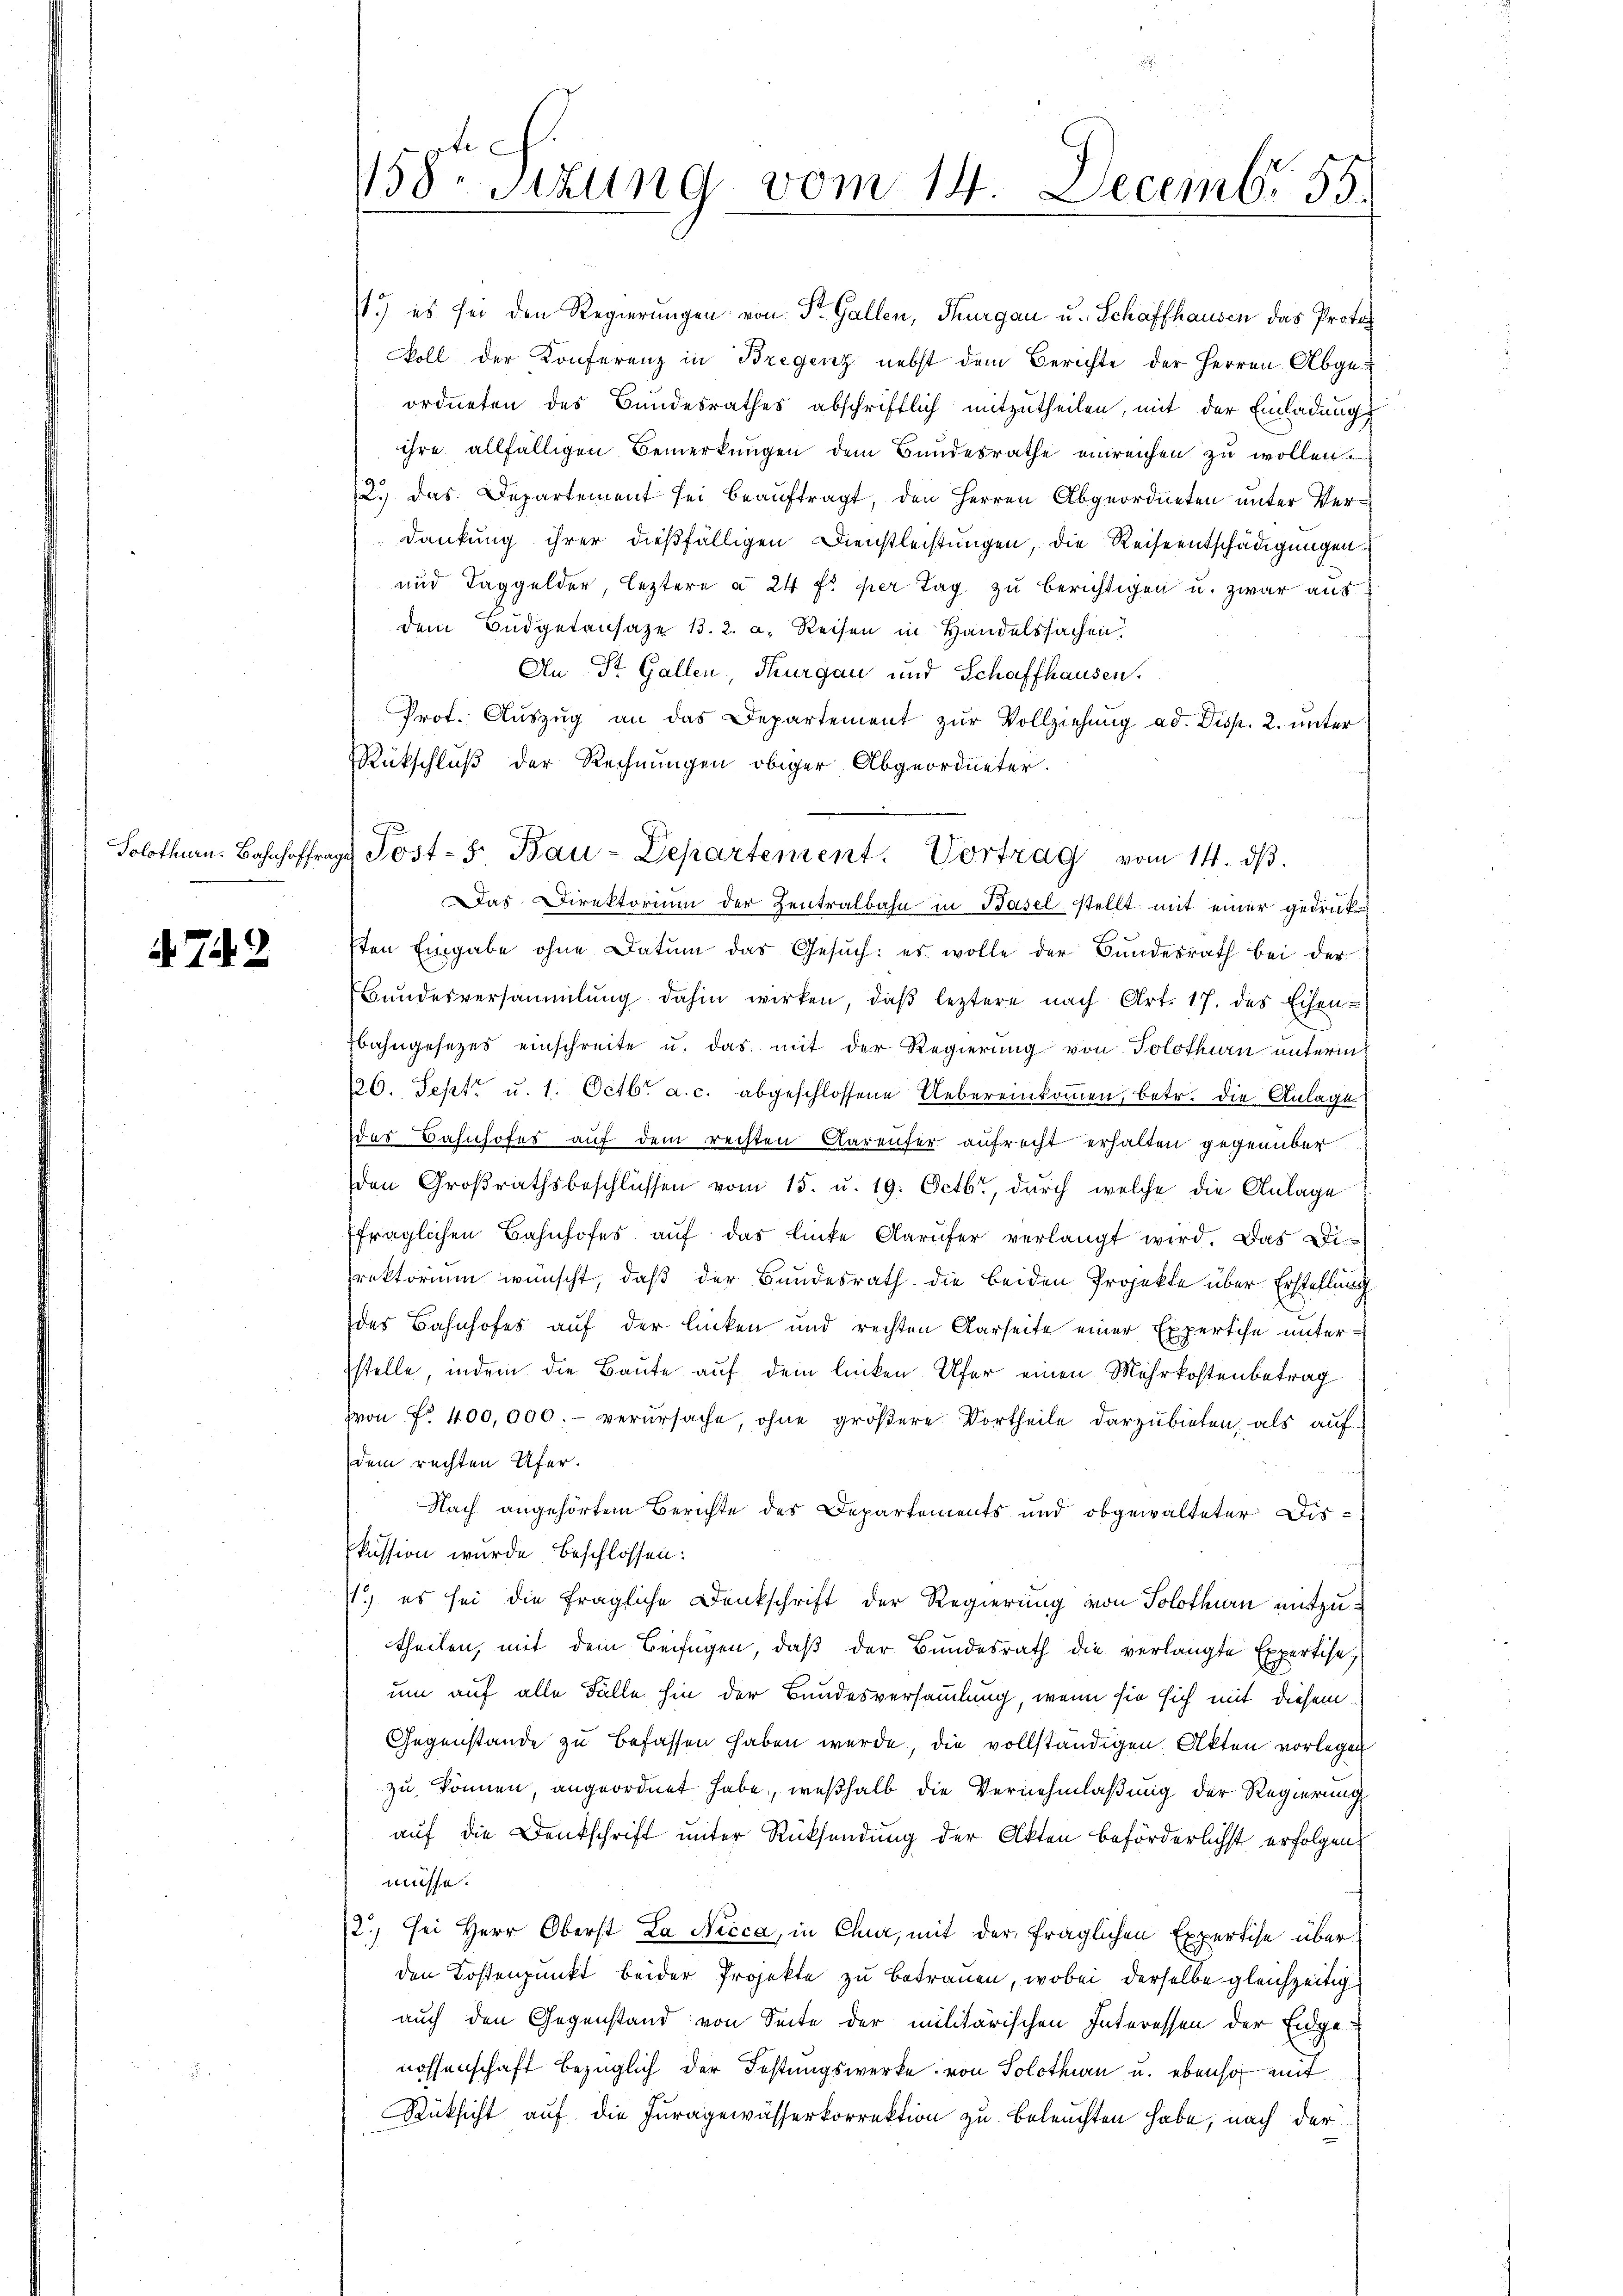
Solothurn. Bahnhoffra

. 73

158. Sitzung vom 14. Decembr. 55
.
.

11.) es sei den Regierungen von St. Gallen, Thurgau u. Schaffhausen das Protoc
koll der Konferenz in Bregenz nebst dem Berichte der Herren Abgeordneten des Bundesrathes abschriftlich mitzutheilen, mit der Einladung
ihre allfälligen Bemerkungen dem Bundesrathe einreichen zu wollen.
12. das Departement sei beaŭftragt, den Herren Abgeordneten unter Verdankung ihrer dießfälligen Dienstleistungen, die Reiseentschädigungen
und Taggelder, leztere à 24 fr. per Tag zu berichtigen u. zwar aus
dem Büdgetansaze 13. 2. a. Reisen in Handelssachen.
An St. Gallen, Thurgau und Schaffhausen.
Prof. Aŭszŭg an das Departement zŭr Vollziehung ad. Disp. 2. unter
Rückschluß der Rechnungen obiger Abgeordneter.
Das Direktorium der Zentralbahn in Basel stellt mit einer gedruksten Eingabe ohne Datum das Gesŭch: es wolle der Bundesrath bei der
Bŭndesversammlung dahin wirken, daβ leztere nach Art. 17. des Eisen-
Ebahngesetzes einschreite u. das mit der Regierung von Solothurn unterm
220. Sept. u. 1. Octbr. a. c. abgeschlossene Uebereinkommen, betr. die Anlage
Das Bahnhofes auf dem rechten Aareufer aufrecht erhalten gegenüber
den Großrathsbeschlüssen vom 15. u. 19. Octbr., durch welche die Anlage
fraglichen Bahnhofes aŭf das linke Aarŭfer verlangt wird. Das Di-
rektorium wünscht, daß der Bundesrath die beiden Projekte über Erstellung
des Bahnhofes auf der linken und rechten Karseite einer Expertise unterstelle, indem die Baute auf dem linken Ufer einen Mehrkostenbetrag
von Fr. 400,000.- verursache, ohne größere Vortheile darzubieten, als auf
dem rechten Ufer.
Nach angehörtem Berichte des Departements und obgewalteter Dis-
kission wurde beschlossen:
.) es sei die fragliche Denkschrift der Regierung von Solothurn mitzutheilen, mit dem Beifügen, daß der Bundesrath die verlangte Expertise
um auf alle Fälle hin der Bundesversammlung, wenn sie sich mit diesem
Gegenstände zu befassen haben werde, die vollständigen Akten vorlegen
zu können, angeordnet habe, weßhalb die Vernehmlaßung der Regierung
auf die Denkschrift unter Rücksendung der Akten beförderlichst erfolgen,
müsse.
2., sei Herr Oberst La Nicca, in Chur, mit der fraglichen Expertise überden Kostenpunkt beider Projekte zu betrauen, wobei derselbe gleichzeitig
auch den Gegenstand von Seite der militärischen Interessen der Eidgenossenschaft bezüglich der Festungswerke von Solothurn u. ebenso mit
Rüksicht auf die Juragewässerkorrektion zu beleuchten habe, nach der

g Post- 5. Bau-Departement. Vortrag vom 14. dβ.